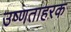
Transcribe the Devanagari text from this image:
उष्णताहरक